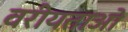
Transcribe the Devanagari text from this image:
वरीयताओ